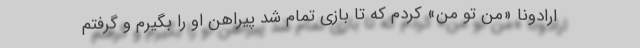
ارادونا «من تو من» کردم که تا بازی تمام شد پیراهن او را بگیرم و گرفتم